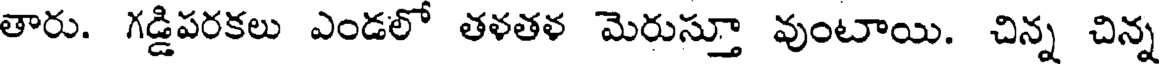
తారు. గడ్డిపరకలు ఎండలో తళతళ మెరుస్తూ వుంటాయి. చిన్న చిన్న